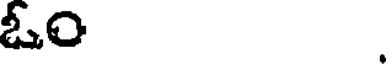
ఓం